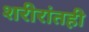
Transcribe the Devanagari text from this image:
शरीरांतही